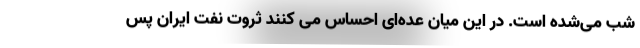
شب می‌شده است. در این میان عده‌ای احساس می کنند ثروت نفت ایران پس